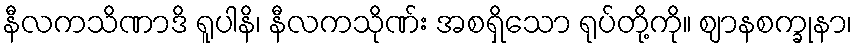
နီလကသိဏာဒိ ရူပါနိ၊ နီလကသိုဏ်း အစရှိသော ရုပ်တို့ကို။ ဈာနစက္ခုနာ၊